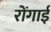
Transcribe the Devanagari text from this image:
रोंगाई